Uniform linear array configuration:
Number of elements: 64
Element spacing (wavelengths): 0.5
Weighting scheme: kaiser
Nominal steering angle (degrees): -15
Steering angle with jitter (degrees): -15.72
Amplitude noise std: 0.05
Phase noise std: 0.05

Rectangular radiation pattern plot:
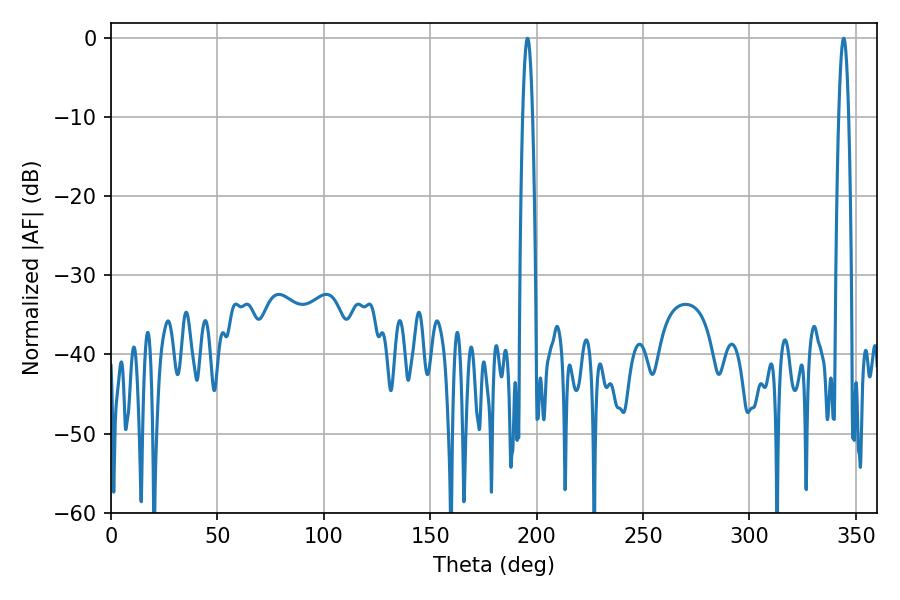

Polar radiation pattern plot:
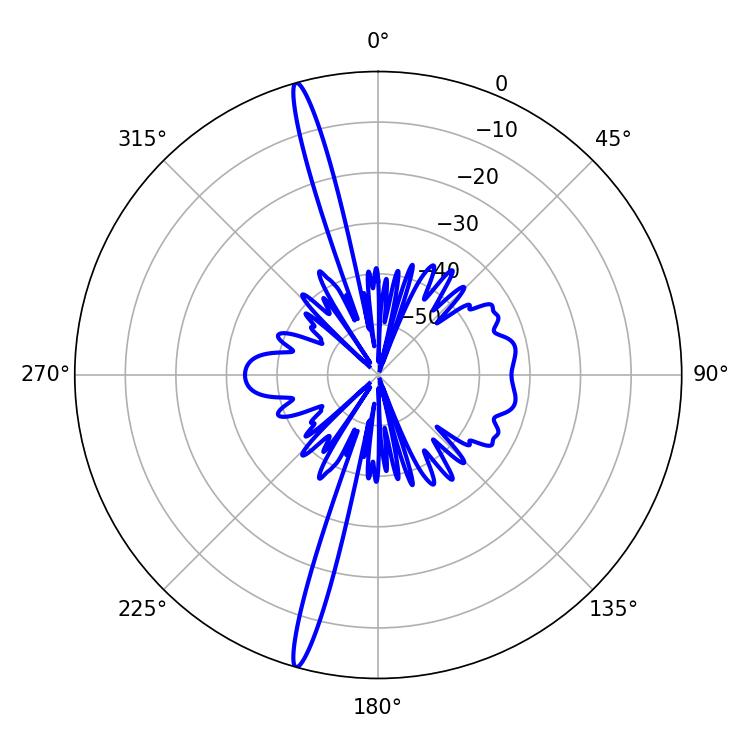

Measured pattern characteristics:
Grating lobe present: FALSE
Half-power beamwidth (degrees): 2.52
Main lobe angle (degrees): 195.66